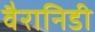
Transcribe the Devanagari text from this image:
वैरानिडी